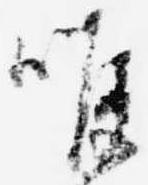
喉